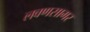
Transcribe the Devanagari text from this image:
लवणसागर